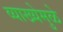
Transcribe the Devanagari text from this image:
व्याख्येमुळे